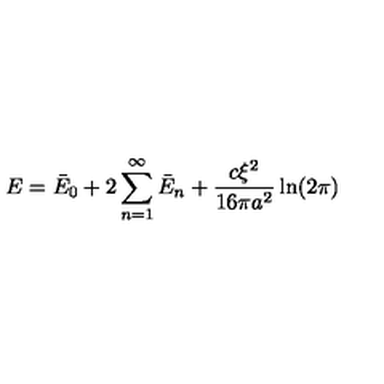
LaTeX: E = \bar { E } _ { 0 } + 2 \sum _ { n = 1 } ^ { \infty } \bar { E } _ { n } + \frac { c \xi ^ { 2 } } { 1 6 \pi a ^ { 2 } } \ln ( 2 \pi )